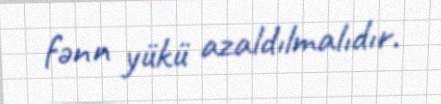
fənn yükü azaldılmalıdır.